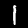
Digit: 1